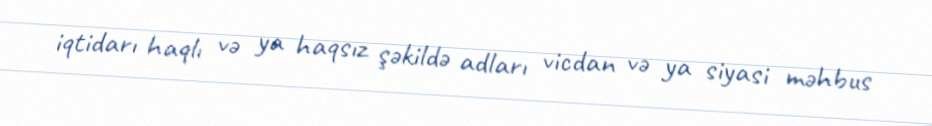
iqtidarı haqlı və ya haqsız şəkildə adları vicdan və ya siyasi məhbus